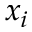
x _ { i }